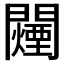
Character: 𬮕